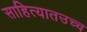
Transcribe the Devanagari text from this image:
साहित्यातउच्च